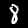
Digit: 8